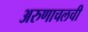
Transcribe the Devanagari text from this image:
अरुणाचलची